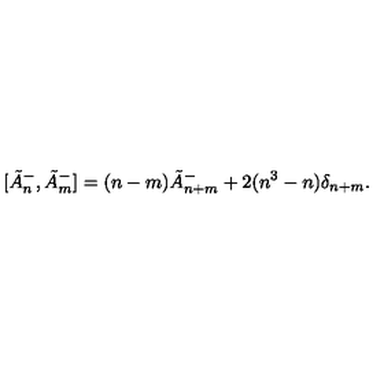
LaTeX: [ \tilde { A } _ { n } ^ { - } , \tilde { A } _ { m } ^ { - } ] = ( n - m ) \tilde { A } _ { n + m } ^ { - } + 2 ( n ^ { 3 } - n ) \delta _ { n + m } .